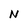
Character: N